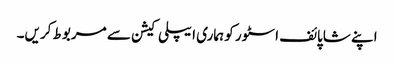
اپنے شاپائف اسٹور کو ہماری ایپلی کیشن سے مربوط کریں۔